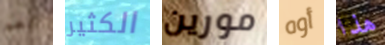
نعم الكثير مورين أوه هذا